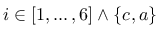
i \in [ 1 , \dots , 6 ] \wedge \{ c , a \}